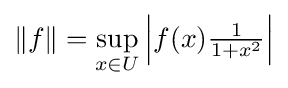
\|f\|=\sup _{x\in U}{\left|f(x){\tfrac {1}{1+x^{2}}}\right|}